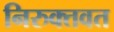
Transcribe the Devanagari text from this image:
निरुक्तवत